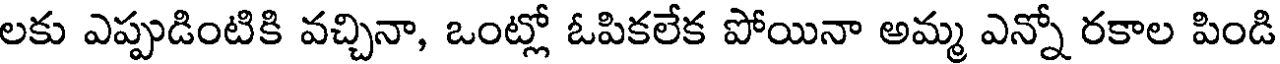
లకు ఎప్పుడింటికి వచ్చినా, ఒంట్లో ఓపికలేక పోయినా అమ్మ ఎన్నో రకాల పిండి